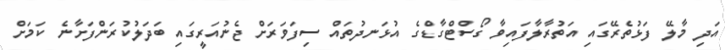
އަދި މާލޭ ފަޅުތެރޭގައި އަތުރާލާފައިވާ ގޯސްޓްގާޑްގެ އުޅަނދުތައް ސިފަވަރަށް ޖެނުއަރީގައި ބަދަލުކުރަންފަށާނެ ކަމަށް